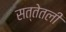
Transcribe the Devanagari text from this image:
सत्तेतली